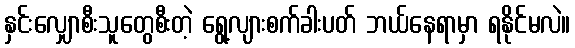
နှင်းလျှောစီးသူတွေစီးတဲ့ ရွေ့လျားစက်ခါးပတ် ဘယ်နေရာမှာ ရနိုင်မလဲ။